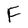
Character: F